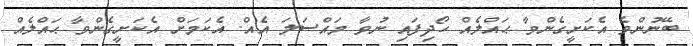
ބޭނުންވެ އެކަށީގެންވާ ޙައްލެއް ހޯދިފައި ނުވާ މައްސަލަ އެއް. އެކަމަށް އެކަށީގެންވާ ޙައްލެއް